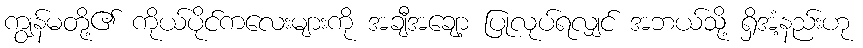
ကျွန်မတို့၏ ကိုယ်ပိုင်ကလေးများကို အချီအချော့ ပြုလုပ်ရလျှင် အဘယ်သို့ ရှိအံ့နည်းဟု